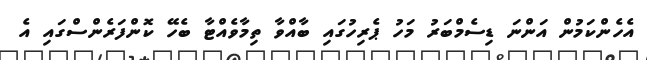
އެހެންކަމުން އަންނަ ޑިސެމްބަރު މަހު ޕެރިހުގައި ބާއްވާ ތިމާވެއްޓާ ބެހޭ ކޮންފަރެންސްގައި އެ